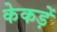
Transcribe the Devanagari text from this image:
केकड़ें